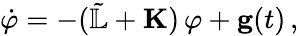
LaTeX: \begin{array}{r}{\dot{{\mathbf\varphi}}=-(\tilde{\mathbb{L}}+{\mathbf K})\, {\mathbf\varphi}+{\mathbf{g}}(t)\, ,}\end{array}